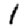
Digit: 1